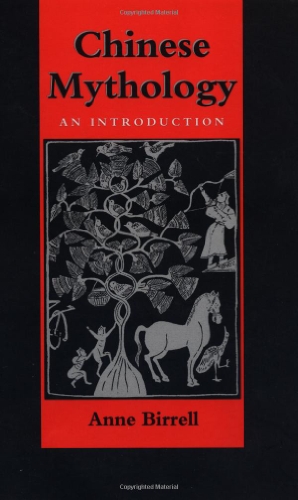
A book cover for Chinese Mythology: An Introduction; Anne M. Birrell; Literature & Fiction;